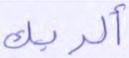
ألربك